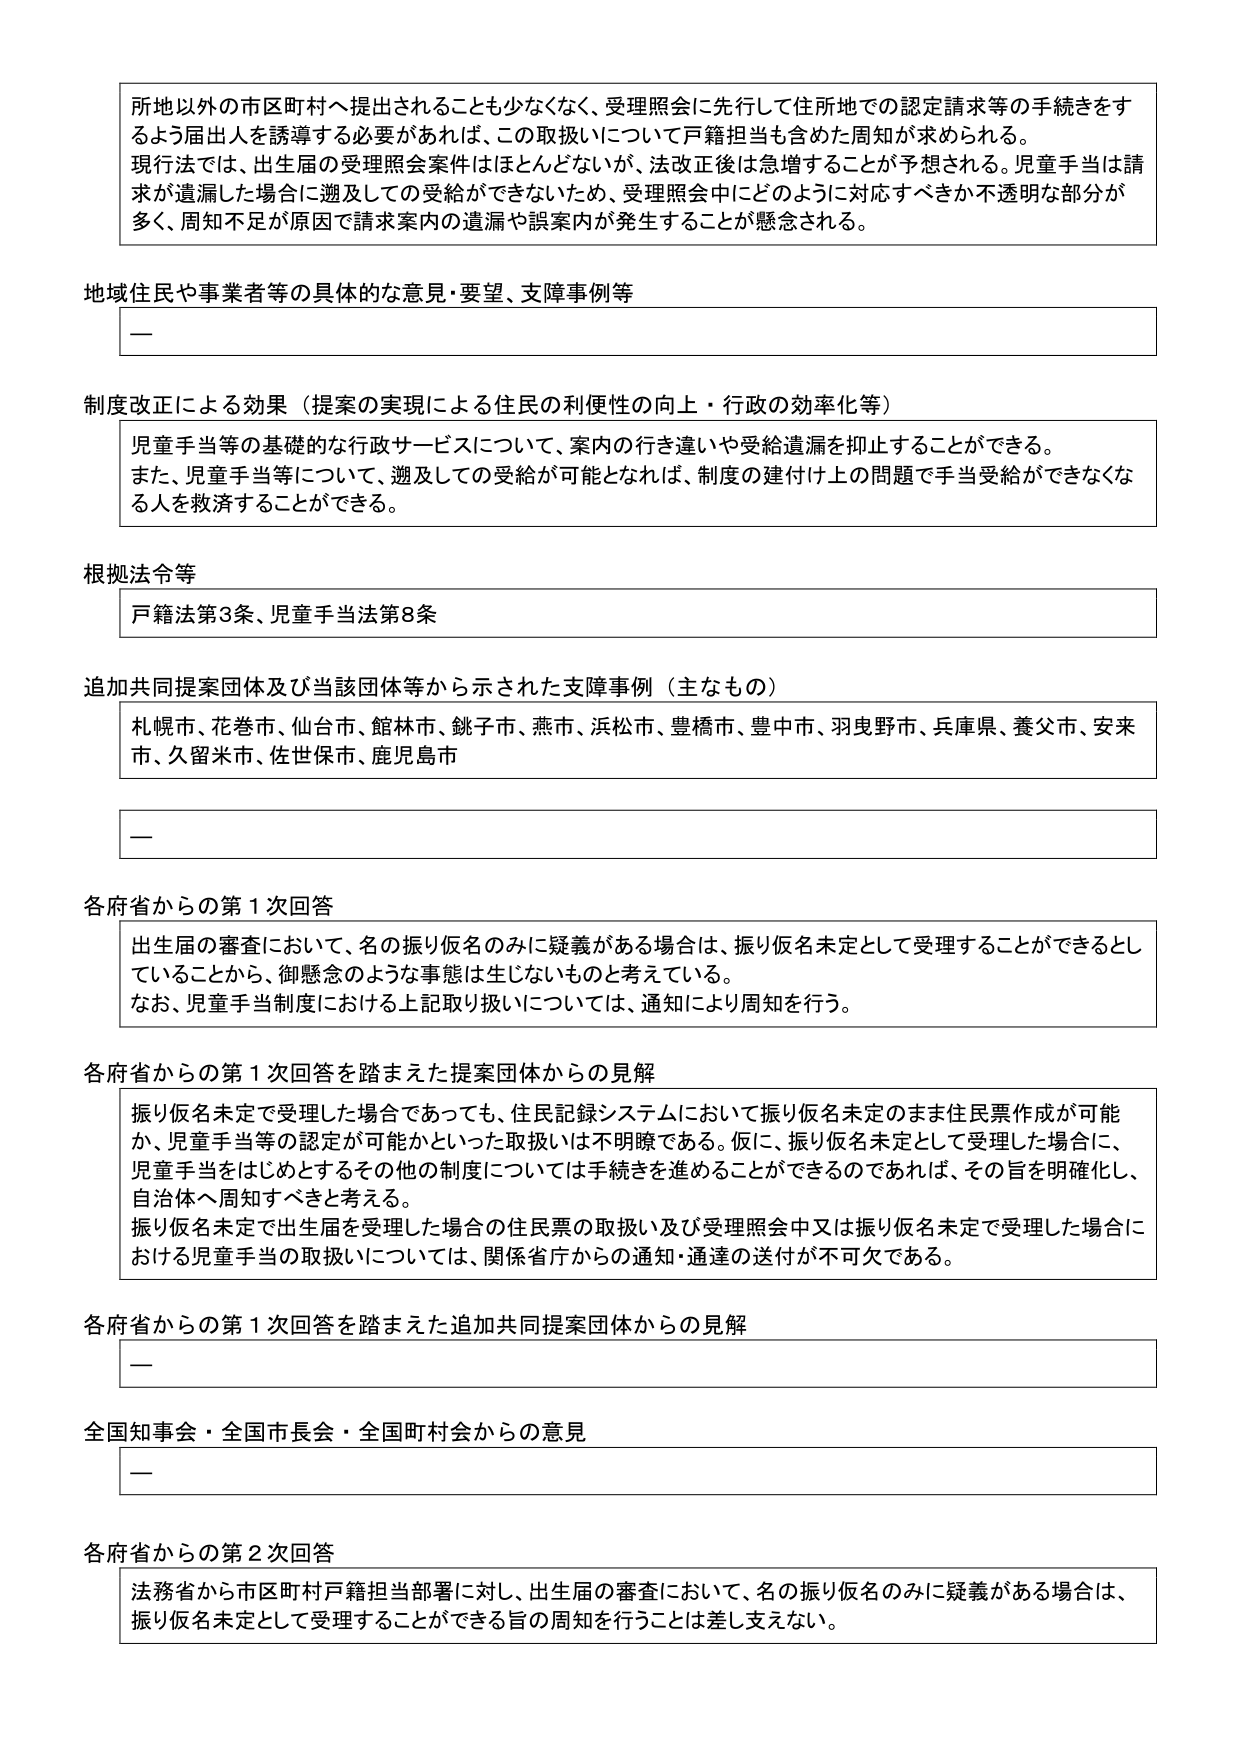
所地以外の市区町村へ提出されることも少なくなく、受理照会に先行して住所地での認定請求等の手続きをするよう届出人を誘導する必要があれば、この取扱いについて戸籍担当も含めた周知が求められる。
現行法では、出生届の受理照会案件はほとんどないが、法改正後は急増することが予想される。児童手当は請求が遺漏した場合に遡及しての受給ができないため、受理照会中にどのように対応すべきか不透明な部分が多く、周知不足が原因で請求案内の遺漏や誤案内が発生することが懸念される。

地域住民や事業者等の具体的な意見・要望、支障事例等
—

制度改正による効果（提案の実現による住民の利便性の向上・行政の効率化等）
児童手当等の基礎的な行政サービスについて、案内の行き違いや受給遺漏を抑止することができる。
また、児童手当等について、遡及しての受給が可能となれば、制度の建付け上の問題で手当受給ができなくなる人を救済することができる。

根拠法令等
戸籍法第3条、児童手当法第8条

追加共同提案団体及び当該団体等から示された支障事例（主なもの）
札幌市、花巻市、仙台市、館林市、銚子市、燕市、浜松市、豊橋市、豊中市、羽曳野市、兵庫県、養父市、安来市、久留米市、佐世保市、鹿児島市

—

各府省からの第1次回答
出生届の審査において、名の振り仮名のみに疑義がある場合は、振り仮名未定として受理することができるとしていることから、御懸念のような事態は生じないものと考えている。
なお、児童手当制度における上記取り扱いについては、通知により周知を行う。

各府省からの第1次回答を踏まえた提案団体からの見解
振り仮名未定で受理した場合であっても、住民記録システムにおいて振り仮名未定のまま住民票作成が可能か、児童手当等の認定が可能かといった取扱いは不明瞭である。仮に、振り仮名未定として受理した場合に、児童手当をはじめとするその他の制度については手続きを進めることができるのであれば、その旨を明確化し、自治体へ周知すべきと考える。
振り仮名未定で出生届を受理した場合の住民票の取扱い及び受理照会中又は振り仮名未定で受理した場合における児童手当の取扱いについては、関係省庁からの通知・通達の送付が不可欠である。

各府省からの第1次回答を踏まえた追加共同提案団体からの見解
—

全国知事会・全国市長会・全国町村会からの意見
—

各府省からの第2次回答
法務省から市区町村戸籍担当部署に対し、出生届の審査において、名の振り仮名のみに疑義がある場合は、振り仮名未定として受理することができる旨の周知を行うことは差し支えない。